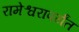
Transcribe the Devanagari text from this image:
रामेश्वरापर्यंत